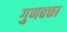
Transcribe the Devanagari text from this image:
गुणवक्ता